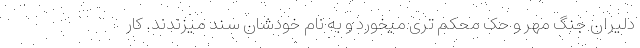
دلیران جنگ مهر و حک محکم تری میخورد و به نام خودشان سند میزندند. کار